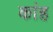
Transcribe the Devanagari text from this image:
कांह